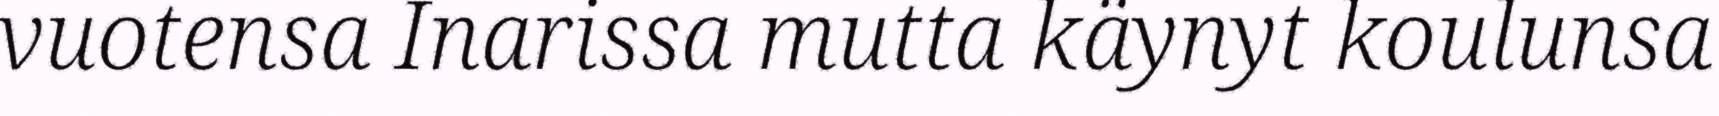
vuotensa Inarissa mutta käynyt koulunsa